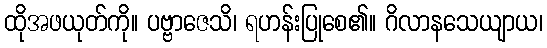
ထိုအဖယုတ်ကို။ ပဗ္ဗာဇေသိ၊ ရဟန်းပြုစေ၏။ ဂိလာနသေယျာယ၊